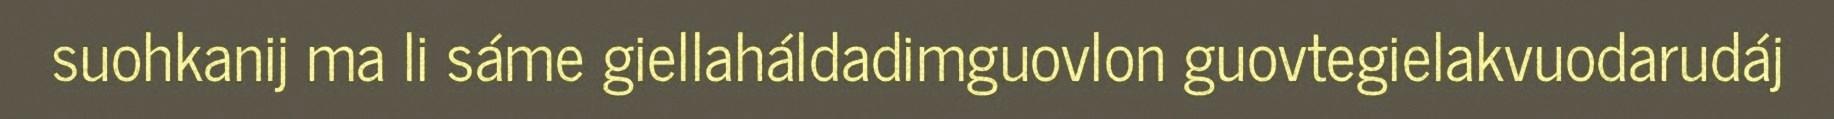
suohkanij ma li sáme giellaháldadimguovlon guovtegielakvuodarudáj